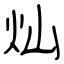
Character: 灿